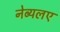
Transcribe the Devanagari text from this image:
नेब्यलए